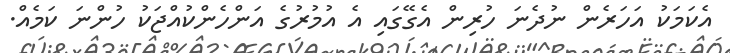
އެކަމަކު އަހަރެން ނުދެނަ ހުރިން އެގޭގައި އެ އުމުރުގެ އަންހެންކުއްޖަކު ހުންނަ ކަމެއް.